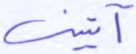
آتيتني